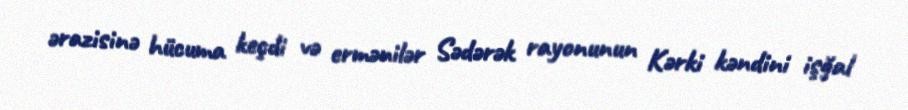
ərazisinə hücuma keçdi və ermənilər Sədərək rayonunun Kərki kəndini işğal